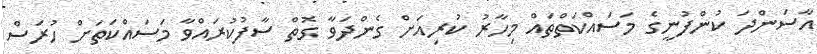
އާސަންދަ ކުންފުނީގެ މަސައްކަތްތައް މިހާރު ކުރިއަށް ގެންދަވާ ގޮތް ސާފުކުރައްވާ މަސައްކަތަށް ހުރަސް